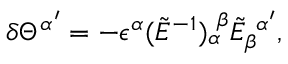
\delta \Theta ^ { \alpha ^ { \prime } } = - \epsilon ^ { \alpha } ( \tilde { E } ^ { - 1 } ) _ { \alpha } ^ { \ \beta } \tilde { E } _ { \beta } ^ { \ \alpha ^ { \prime } } ,